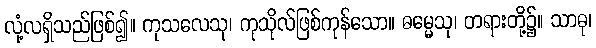
လုံ့လရှိသည်ဖြစ်၍။ ကုသလေသု၊ ကုသိုလ်ဖြစ်ကုန်သော။ ဓမ္မေသု၊ တရားတို့၌။ သာဓု၊